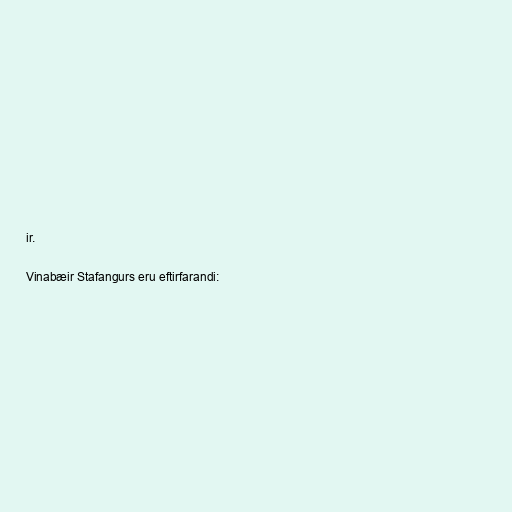
ir.

Vinabæir Stafangurs eru eftirfarandi: